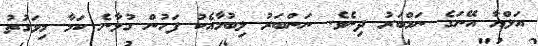
އަލްޔާ އޭނަގެ ނަމްބަރު ދިނެވެ. ނަންބަރު ލިބުމާއެކު ފަހުން ގުޅާނެ ކަމާ މިވަގުތު